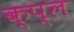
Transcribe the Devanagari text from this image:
क्प्ल